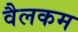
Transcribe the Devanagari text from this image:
वैलकम